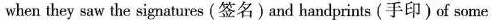
when they saw the signatures (签名)and handprints (手印)of some